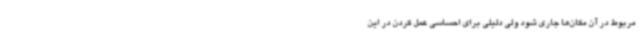
مربوط در آن مکان‌ها جاری شود ولی دلیلی برای احساسی عمل کردن در این